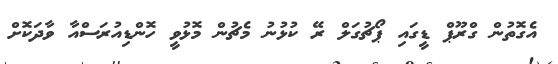
އެގޮތުން ގްރޫޕް ޑީގައި ޕޯޗުގަލް ރޭ ކުޅުނު މެޗުން މޮޅުވީ ހޮންޑިއުރަސްއާ ވާދަކޮށް